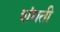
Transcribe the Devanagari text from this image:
शंगती